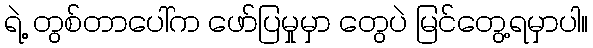
ရဲ့ တွစ်တာပေါ်က ဖော်ပြမှုမှာ တွေပဲ မြင်တွေ့ရမှာပါ။